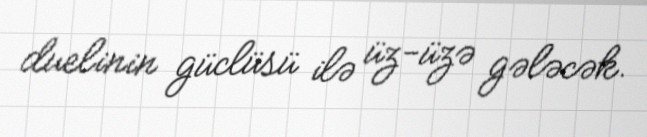
duelinin güclüsü ilə üz-üzə gələcək.